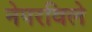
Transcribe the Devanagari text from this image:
नेपरविले